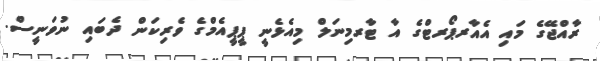
ރާއްޖޭގެ މައި އެއާރޕޯރޓްގެ އާ ޓާރމިނަލް މިއެޅެނީ ޕީޕީއެމްގެ ވެރިކަން ދެބައި ނުވަނީސް.